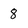
Character: 8